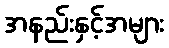
အနည်းနှင့်အများ